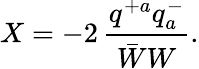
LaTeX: X=-2\, \frac{q^{+a}q_{a}^{-}}{\bar{W}W}.